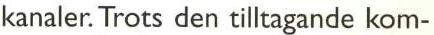
kanaler. Trots den tilltagande kom-